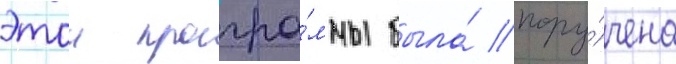
этои програ́ммы была́ пору́чена